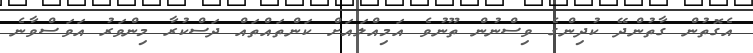
އެގޮތުން ގާތުންދޭ ކުދިންގެ ވިސްނުން ތޫނުވެ އަމިއްލައަށް ކަންތައްތައް ދަސްކުރާ މިންވަރު އަވަސްވާނެ